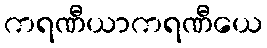
ကရဏီယာကရဏီယေ